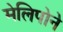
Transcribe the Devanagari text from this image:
मेलिपोने